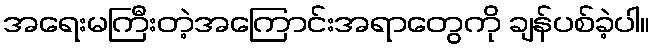
အရေးမကြီးတဲ့အကြောင်းအရာတွေကို ချန်ပစ်ခဲ့ပါ။